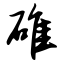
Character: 碓